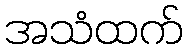
အသံထက်